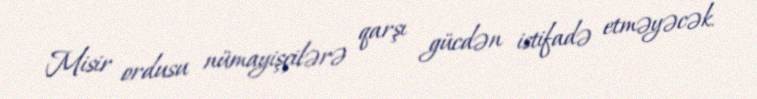
Misir ordusu nümayişçilərə qarşı gücdən istifadə etməyəcək.